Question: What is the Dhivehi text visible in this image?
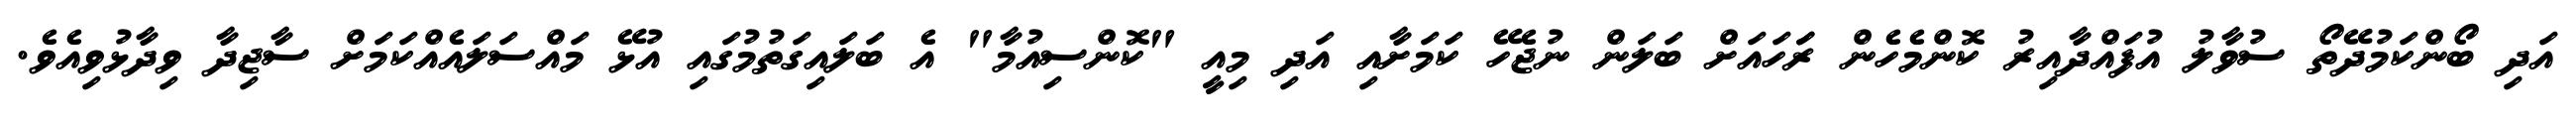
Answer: އަދި ބޯންކަމުދޭތޯ ސުވާލު އުފައްދާއިރު ކޮންމެހެން ރަަހައަށް ބަލަން ނުޖެހޭ ކަމަށާއި އަދި މިއީ "ކޮންސިއުމާ" އެ ބަލައިގަތުމުގައި އުޅޭ މައްސަލައެއްކަމަށް ސާޖިދާ ވިދާޅުވިއެވެ.